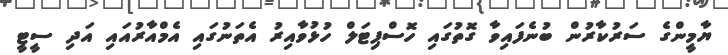
ޔާމީންގެ ސަރުކާރުން ބުނެފައިވާ ގޮތުގައި ހޮސްޕިޓަލް ހުޅުވާއިރު އެތަނުގައި އެމްއާރުއައި އަދި ސީޓީ